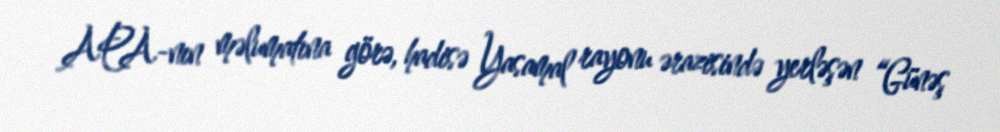
APA-nın məlumatına görə, hadisə Yasamal rayonu ərazisində yerləşən “Günəş